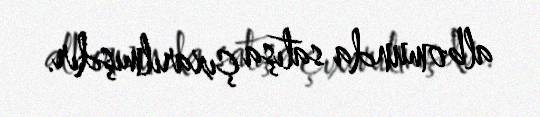
albomunda satışa çıxarılmışdır.